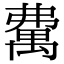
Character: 𥝃